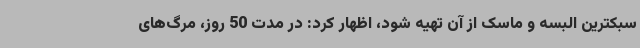
سبکترین البسه و ماسک از آن تهیه شود، اظهار کرد: در مدت 50 روز، مرگ‌های